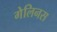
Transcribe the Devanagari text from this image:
गेलिनस